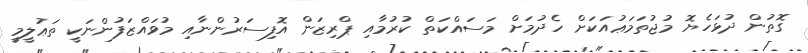
ގޮތުން ދުޅަހެޔޮ މުޖުތަމަޢުއަކަށް ހެދުމަށް މަސައްކަތް ކުރުމާއި ޕްރިޒަން އޮފިސަރުންނާއި މުވައްޒަފުންނަކީ ތަޢުލީމީ